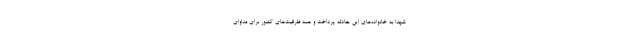
شهدا به خانواده‌های این حادثه پرداخت و همه ظرفیت‌های کشور برای مداوای